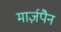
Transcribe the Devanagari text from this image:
मार्ज़पैन